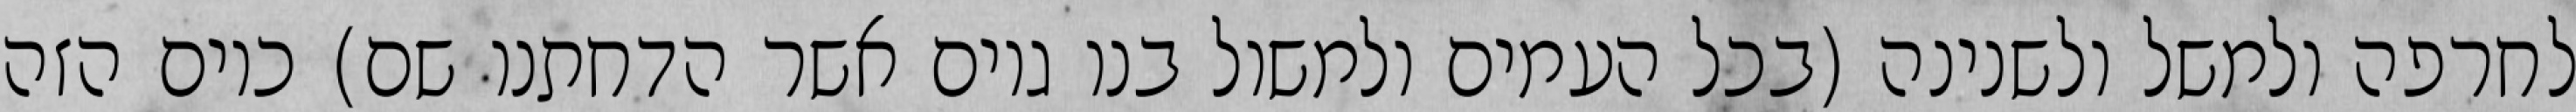
לחרפה ולמשל ולשנינה (בכל העמים ולמשול בנו גוים אשר הדחתנו שם) כיום הזה